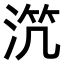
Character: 𣵸